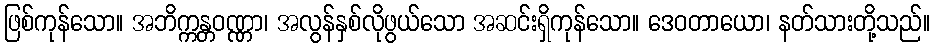
ဖြစ်ကုန်သော။ အဘိက္ကန္တဝဏ္ဏာ၊ အလွန်နှစ်လိုဖွယ်သော အဆင်းရှိကုန်သော။ ဒေဝတာယော၊ နတ်သားတို့သည်။